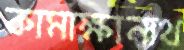
কামাক্ষানাথ